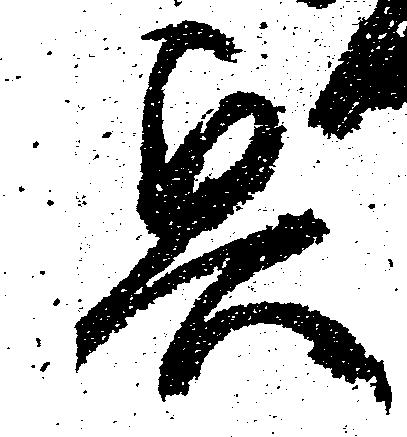
奥